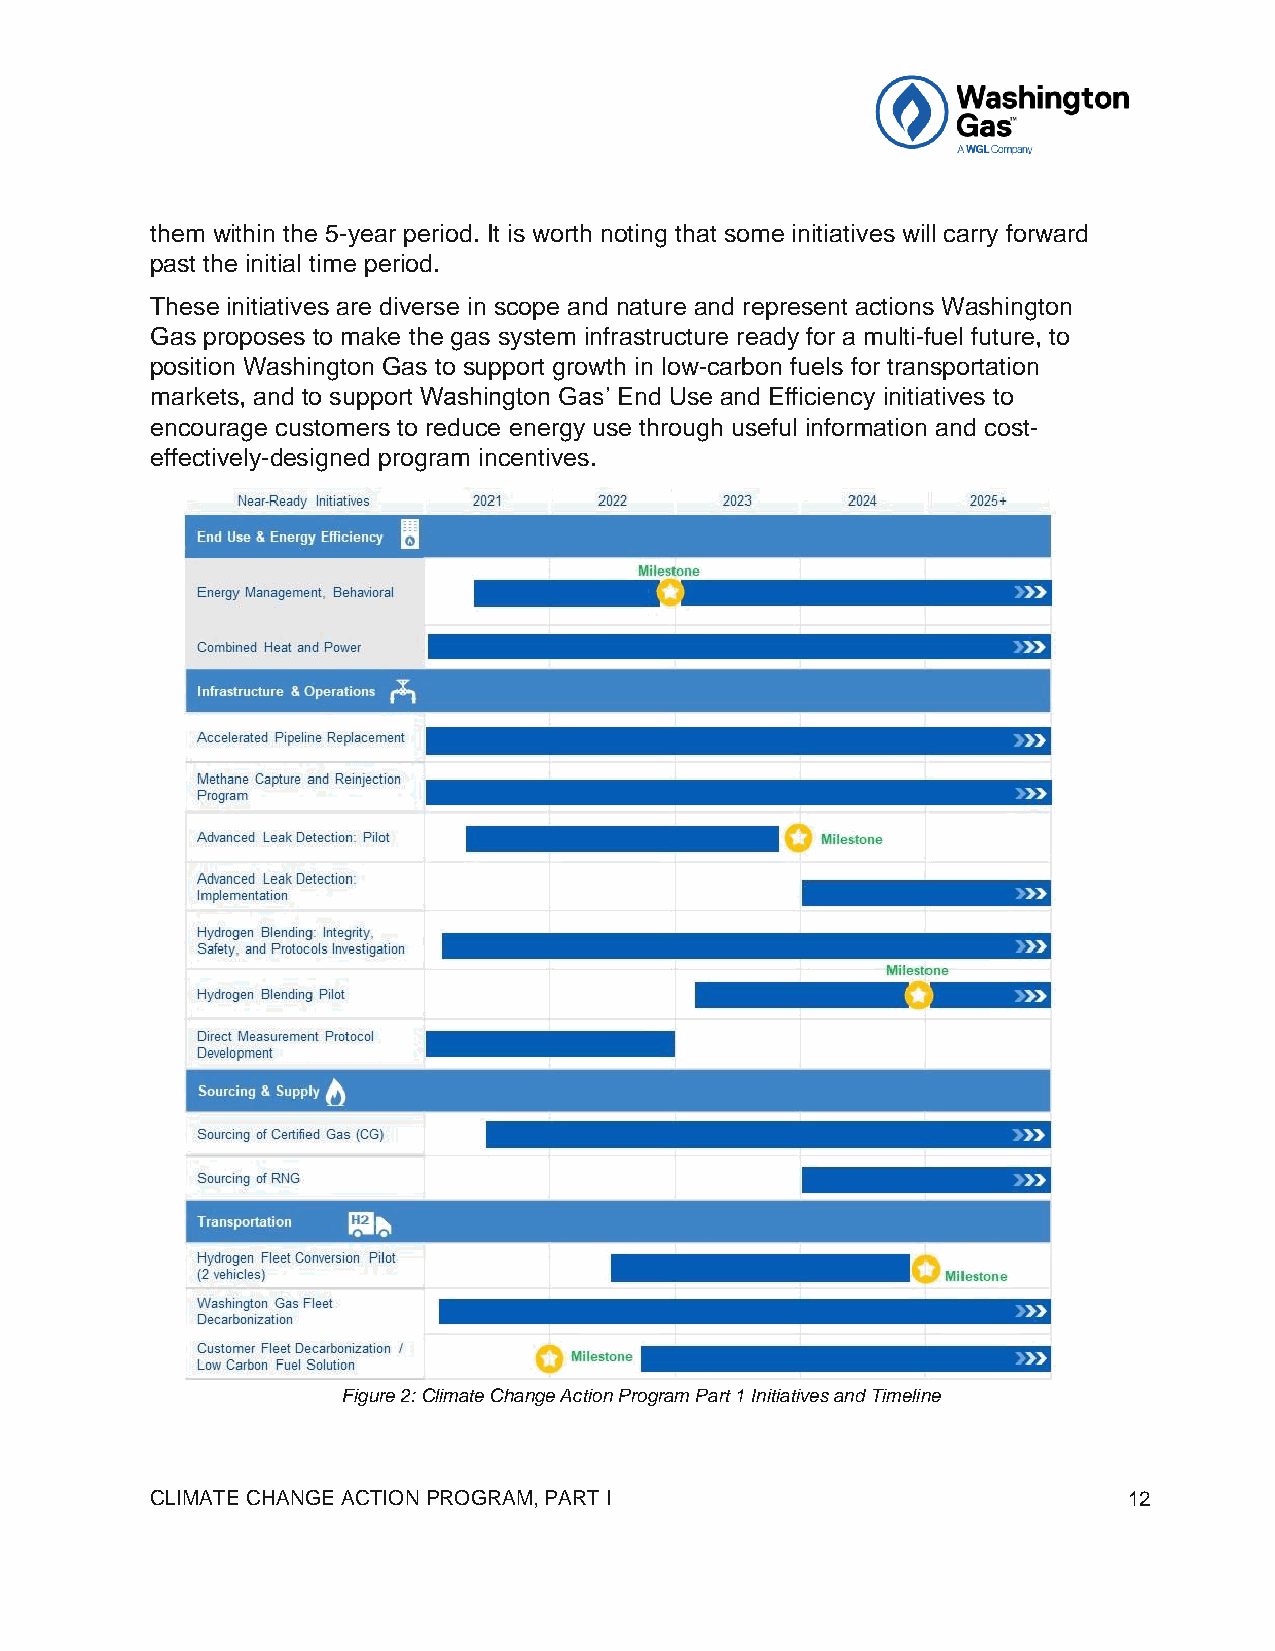
them within the 5-year period. It is worth noting that some initiatives will carry forward
 past the initial time period.
 These initiatives are diverse in scope and nature and represent actions Washington
 Gas proposes to make the gas system infrastructure ready for a multi-fuel future, to
 position Washington Gas to support growth in low-carbon fuels for transportation
 markets, and to support Washington Gas’ End Use and Efficiency initiatives to
 encourage customers to reduce energy use through useful information and cost-
 effectively-designed program incentives.
 Figure 2: Climate Change Action Program Part 1 Initiatives and Timeline
 CLIMATE CHANGE ACTION PROGRAM, PART I                            12